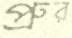
প্রুর